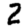
Digit: 2